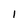
Character: 1